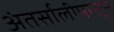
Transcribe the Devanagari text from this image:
अंतर्सालीपासून